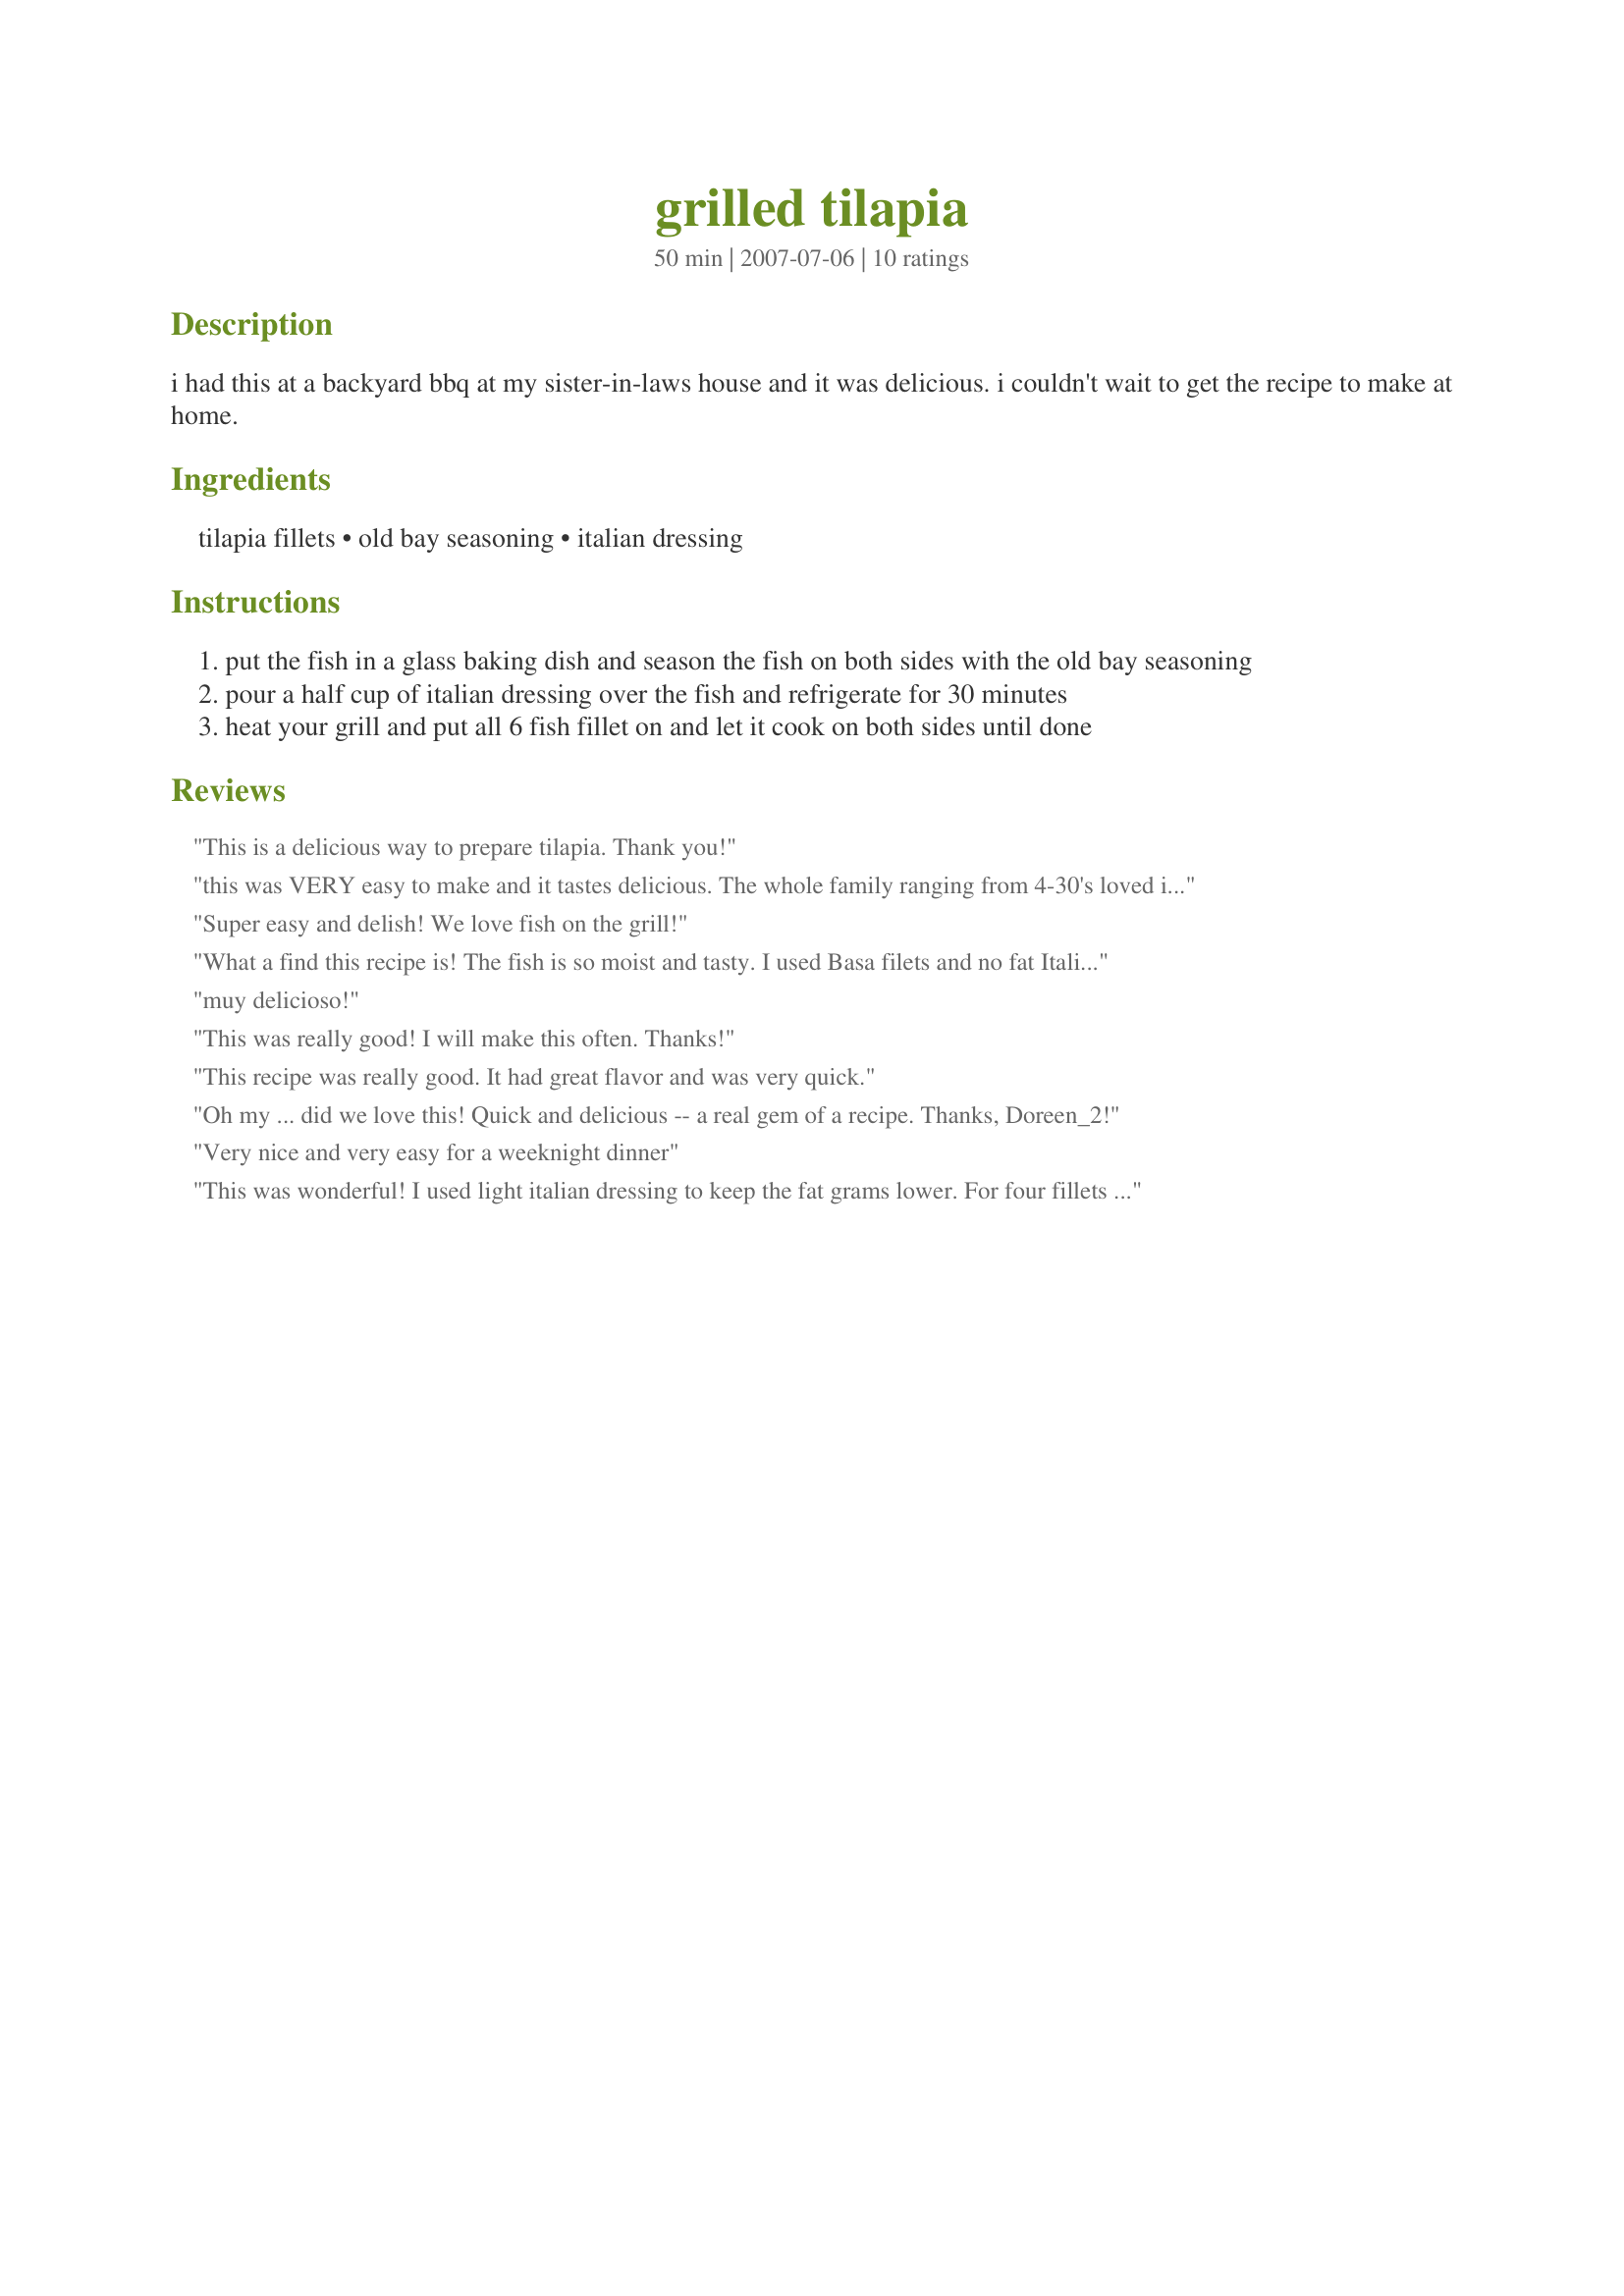
grilled tilapia
Preparation time: 50 minutes

i had this at a backyard bbq at my sister-in-laws house and it was delicious. i couldn't wait to get the recipe to make at home.

Ingredients:
tilapia fillets, old bay seasoning, italian dressing

Steps:
put the fish in a glass baking dish and season the fish on both sides with the old bay seasoning
pour a half cup of italian dressing over the fish and refrigerate for 30 minutes
heat your grill and put all 6 fish fillet on and let it cook on both sides until done

Reviews:
This is a delicious way to prepare tilapia. Thank you!
this was VERY easy to make and it tastes delicious. The whole family ranging from 4-30's loved it. This recipe has been added to our family menu. Try it, you won't be disappointed.
Super easy and delish! We love fish on the grill!
What a find this recipe is! The fish is so moist and tasty. I used Basa filets and no fat Italian dressing. The combination of the dressing and Old Bay spice is wonderful - Definitely a do again & again recipe
muy delicioso!
This was really good! I will make this often. Thanks!
This recipe was really good. It had great flavor and was very quick.
Oh my ... did we love this! Quick and delicious -- a real gem of a recipe. Thanks, Doreen_2!
Very nice and very easy for a weeknight dinner
This was wonderful! I used light italian dressing to keep the fat grams lower. For four fillets I used two tablespoons per fillet. I forgot to marinade. I sprinkled each fillet lightly with Old Bay Seasonings on each side. Poured equal amounts of dressing on each fillet and turned to coat the other side using the dressing that was in the bottom of my dish. Cooked on my Georg Forman Grill and spooned the dressing from the drip pan over the fillets brfore serving. Served with roasted asparagus (Recipe # 214165) My stepfather said "It was as delicious or better than anything he had ever had at Red Lobster. "
